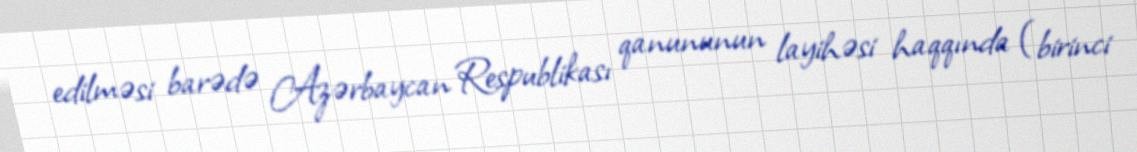
edilməsi barədə Azərbaycan Respublikası qanununun layihəsi haqqında (birinci